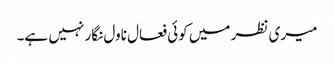
میری نظر میں کوئی فعال ناول نگار نہیں ہے۔